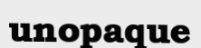
unopaque